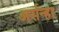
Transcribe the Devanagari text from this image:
अर्रान्हा